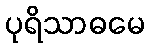
ပုရိသာဓမေ